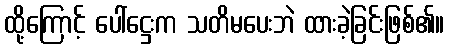
ထို့ကြောင့် ပေါ်ဋ္ဌေးက သတိမပေးဘဲ ထားခဲ့ခြင်းဖြစ်၏။